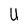
Character: U